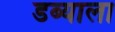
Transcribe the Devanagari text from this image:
डब्याला